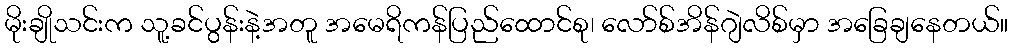
မိုးချိုသင်းက သူ့ခင်ပွန်းနဲ့အတူ အမေရိကန်ပြည်ထောင်စု၊ လော်စ်အိန်ဂျဲလိစ်မှာ အခြေချနေတယ်။